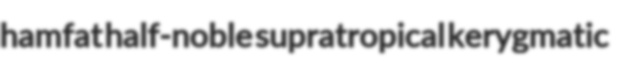
hamfat half-noble supratropical kerygmatic